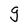
Character: g